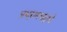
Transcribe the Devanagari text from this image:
प्रभूरामचंद्राने